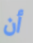
أن